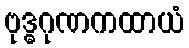
ဗုဒ္ဓဂုဏကထာယံ